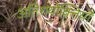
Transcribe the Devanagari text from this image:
अतिशयोक्तियों